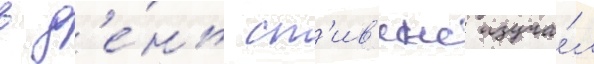
в д'е́нь ст'ив'енс изуча́л